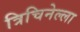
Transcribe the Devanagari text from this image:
त्रिचिनेल्ला